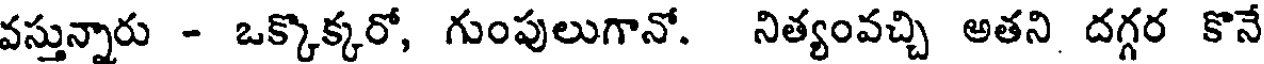
వస్తున్నారు - ఒక్కొక్కరో, గుంపులుగానో. నిత్యంవచ్చి అతని దగ్గర కొనే